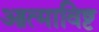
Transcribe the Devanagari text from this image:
आत्माविष्ट